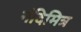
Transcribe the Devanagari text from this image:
नंदिमित्र